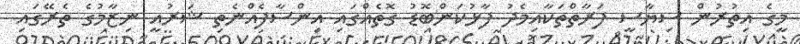
މީގެ އިތުރުން ސިޔާސީ ފަރާތްތަކާއިމެދު ފާޅުކަންބޮޑު ގޮތެއްގައި އިންސާފެއްނެތި ޝަރުއީ ނިޒާމުގެ ތެރޭގައި